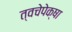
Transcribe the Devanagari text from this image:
त्वचेपेक्षा